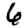
Digit: 6